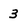
Character: 3